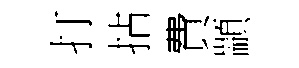
打拈費顓